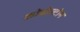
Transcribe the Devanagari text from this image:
कोबोल्टोन